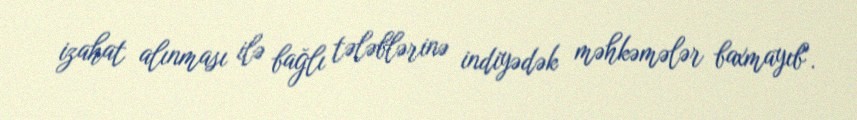
izahat alınması ilə bağlı tələblərinə indiyədək məhkəmələr baxmayıb".